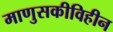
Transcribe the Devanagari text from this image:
माणुसकीविहीन